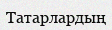
Татарлардың